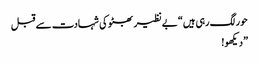
حور لگ رہی ہیں“ بے نظیر بھٹو کی شہادت سے قبل
” دیکھو!